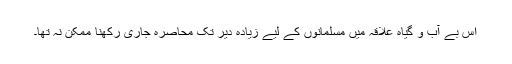
اس بے آب و گیاہ علاقہ میں مسلمانوں کے لیے زیادہ دیر تک محاصرہ جاری رکھنا ممکن نہ تھا۔